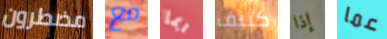
مضطرون مع ربما كثيف إذا عما